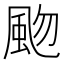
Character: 𩖨